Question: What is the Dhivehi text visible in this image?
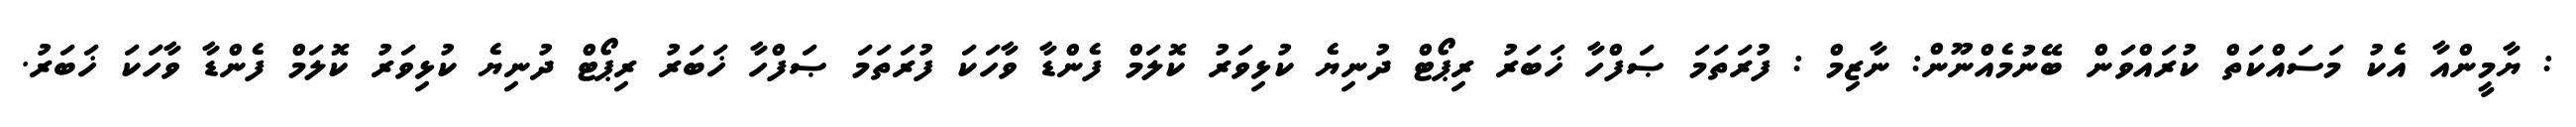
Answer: : ޔާމީންއާ އެކު މަސައްކަތް ކުރައްވަން ބޭނުމެއްނޫން: ނާޒިމް : ފުރަތަމަ ޞަފްހާ ޚަބަރު ރިޕޯޓް ދުނިޔެ ކުޅިވަރު ކޮލަމް ފެންޑާ ވާހަކަ ފުރަތަމަ ޞަފްހާ ޚަބަރު ރިޕޯޓް ދުނިޔެ ކުޅިވަރު ކޮލަމް ފެންޑާ ވާހަކަ ޚަބަރު.